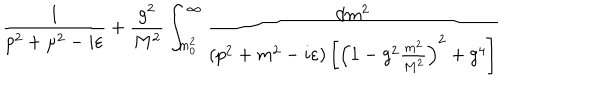
{ \frac { 1 } { p ^ { 2 } + \mu ^ { 2 } - i \varepsilon } } + { \frac { g ^ { 2 } } { M ^ { 2 } } } \int _ { m _ { 0 } ^ { 2 } } ^ { \infty } { \frac { d m ^ { 2 } } { \left( p ^ { 2 } + m ^ { 2 } - i \varepsilon \right) \left[ \left( 1 - g ^ { 2 } { \frac { m ^ { 2 } } { M ^ { 2 } } } \right) ^ { 2 } + g ^ { 4 } \right] } }